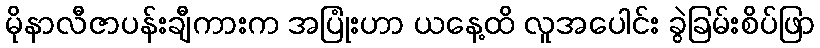
မိုနာလီဇာပန်းချီကားက အပြုံးဟာ ယနေ့ထိ လူအပေါင်း ခွဲခြမ်းစိပ်ဖြာ